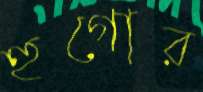
হুগোর